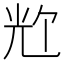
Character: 𪞀